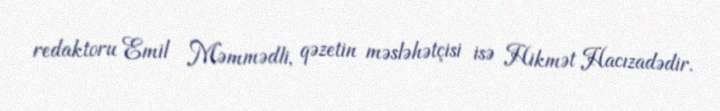
redaktoru Emil Məmmədli, qəzetin məsləhətçisi isə Hikmət Hacızadədir.